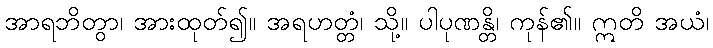
အာရဘိတွာ၊ အားထုတ်၍။ အရဟတ္တံ၊ သို့။ ပါပုဏန္တိ၊ ကုန်၏။ ဣတိ အယံ၊